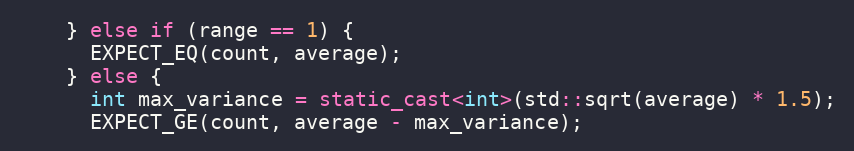
Language: C++
    } else if (range == 1) {
      EXPECT_EQ(count, average);
    } else {
      int max_variance = static_cast<int>(std::sqrt(average) * 1.5);
      EXPECT_GE(count, average - max_variance);